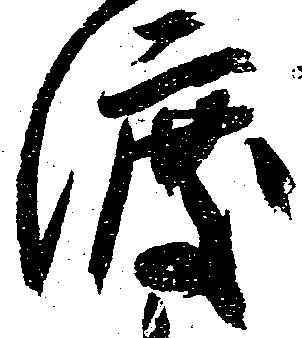
渡